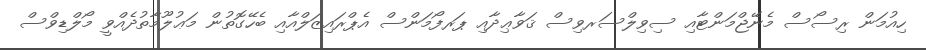
ހިއުމަން ރިސޯސް މެނޭޖްމަންޓާއި ސިވިލްސަރވިސް ޤަވާޢިދާއި ޕަރފޯމަންސް އެޕްރައިޒަލްއާއި ބެހޭގޮތުން މަޢުލޫމާތުދެއްވީ މޯލްޑިވްސް